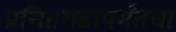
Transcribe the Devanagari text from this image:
प्रचितगडापर्यंतचा